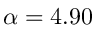
\alpha = 4 . 9 0